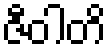
ဇီဝါတိ